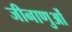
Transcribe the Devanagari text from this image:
जीनाणुओं